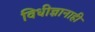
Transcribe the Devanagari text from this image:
विधीज्ञानाही